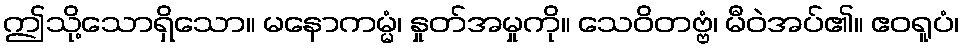
ဤသို့သောရှိသော။ မနောကမ္မံ၊ နှုတ်အမှုကို။ သေဝိတဗ္ဗံ၊ မီဝဲအပ်၏။ ဧဝရူပံ၊